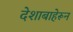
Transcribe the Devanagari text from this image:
देशाबाहेरून